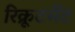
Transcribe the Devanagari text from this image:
रिक्रूटमेंट